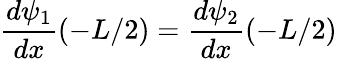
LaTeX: {\frac{d\psi_{1}}{dx}}(-L/2)={\frac{d\psi_{2}}{dx}}(-L/2)\,